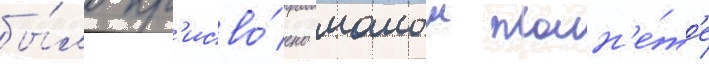
бы́ло пр'исво́ено малои план'е́т'е